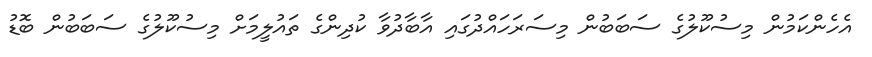
އެހެންކަމުން މިސުކޫލުގެ ސަބަބުން މިސަރަހައްދުގައި އާބާދުވާ ކުދިންގެ ތައުލީމަށް މިސުކޫލުގެ ސަބަބުން ބޮޑު